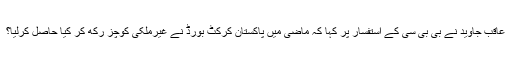
عاقب جاوید نے بی بی سی کے استفسار پر کہا کہ ماضی میں پاکستان کرکٹ بورڈ نے غیرملکی کوچز رکھ کر کیا حاصل کرلیا؟